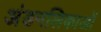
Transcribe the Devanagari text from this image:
अंडनलिकाओं